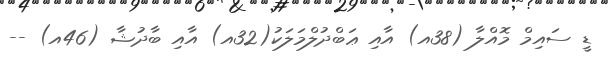
ޑީ ސައިމް މޮއްލާ (38އ) އާއި ޢަބްދުލްމަލަކު(32އ) އާއި ބާދުޝާ (46އ) --